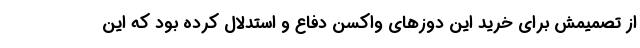
از تصمیمش برای خرید این دوزهای واکسن دفاع و استدلال کرده بود که این